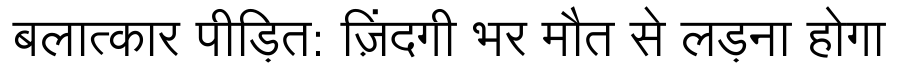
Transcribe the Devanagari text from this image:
बलात्कार पीड़ित: ज़िंदगी भर मौत से लड़ना होगा